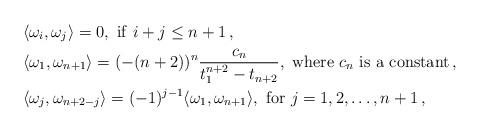
LaTeX: \begin{align*} & \langle \omega_i,\omega_j \rangle =0, {\rm \ if} \ i+j\leq n+1\, , \\ &\langle \omega_1,\omega_{n+1} \rangle =(-(n+2))^n\frac{c_n}{t_1^{n+2}-t_{n+2}}, {\rm \ where} \ c_n \ {\rm is \ a \ constant}\, ,\\ &\langle \omega_j,\omega_{n+2-j} \rangle =(-1)^{j-1}\langle \omega_1,\omega_{n+1} \rangle, {\rm \ for} \ j=1,2,\ldots,n+1\, ,\end{align*}